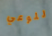
للوعي